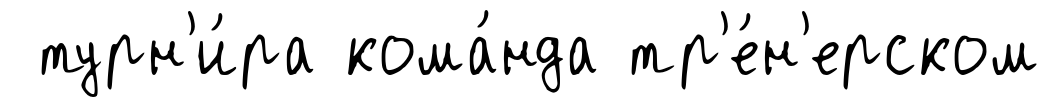
турн'и́ра кома́нда тр'е́н'ерском